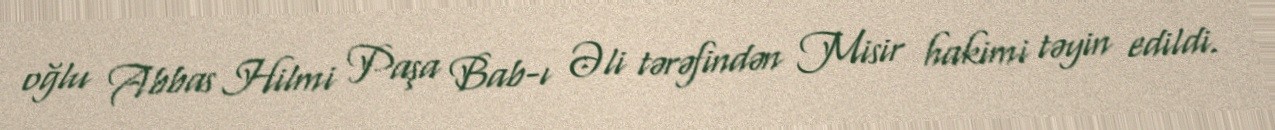
oğlu Abbas Hilmi Paşa Bab-ı Əli tərəfindən Misir hakimi təyin edildi.